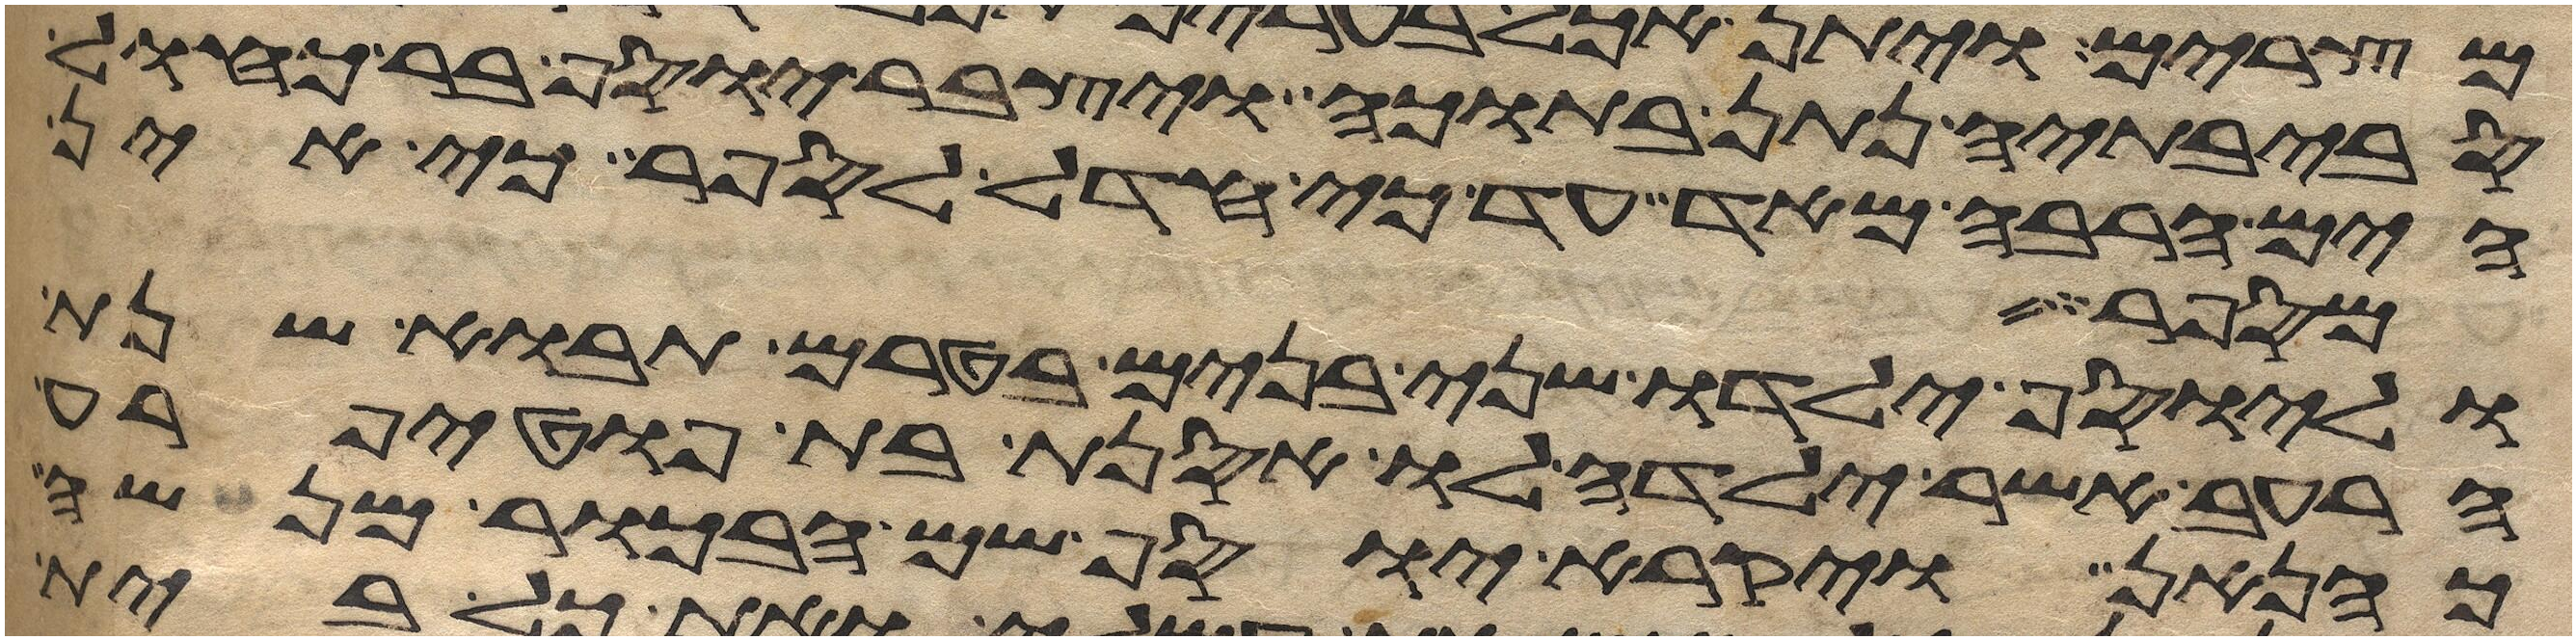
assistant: סביבתיה נתן בתוכה ויצבר יוסף בר כחול
הים הרבה מאד עד כי חדל לספר כי אין
מספר
וליוסף ילדו שני בנים בטרם תבוא שנת
הרעב אשר ילדה לו אסנת בת פוטיפרע
כהנאן ויקרא יוסף שם הבכור מנשה